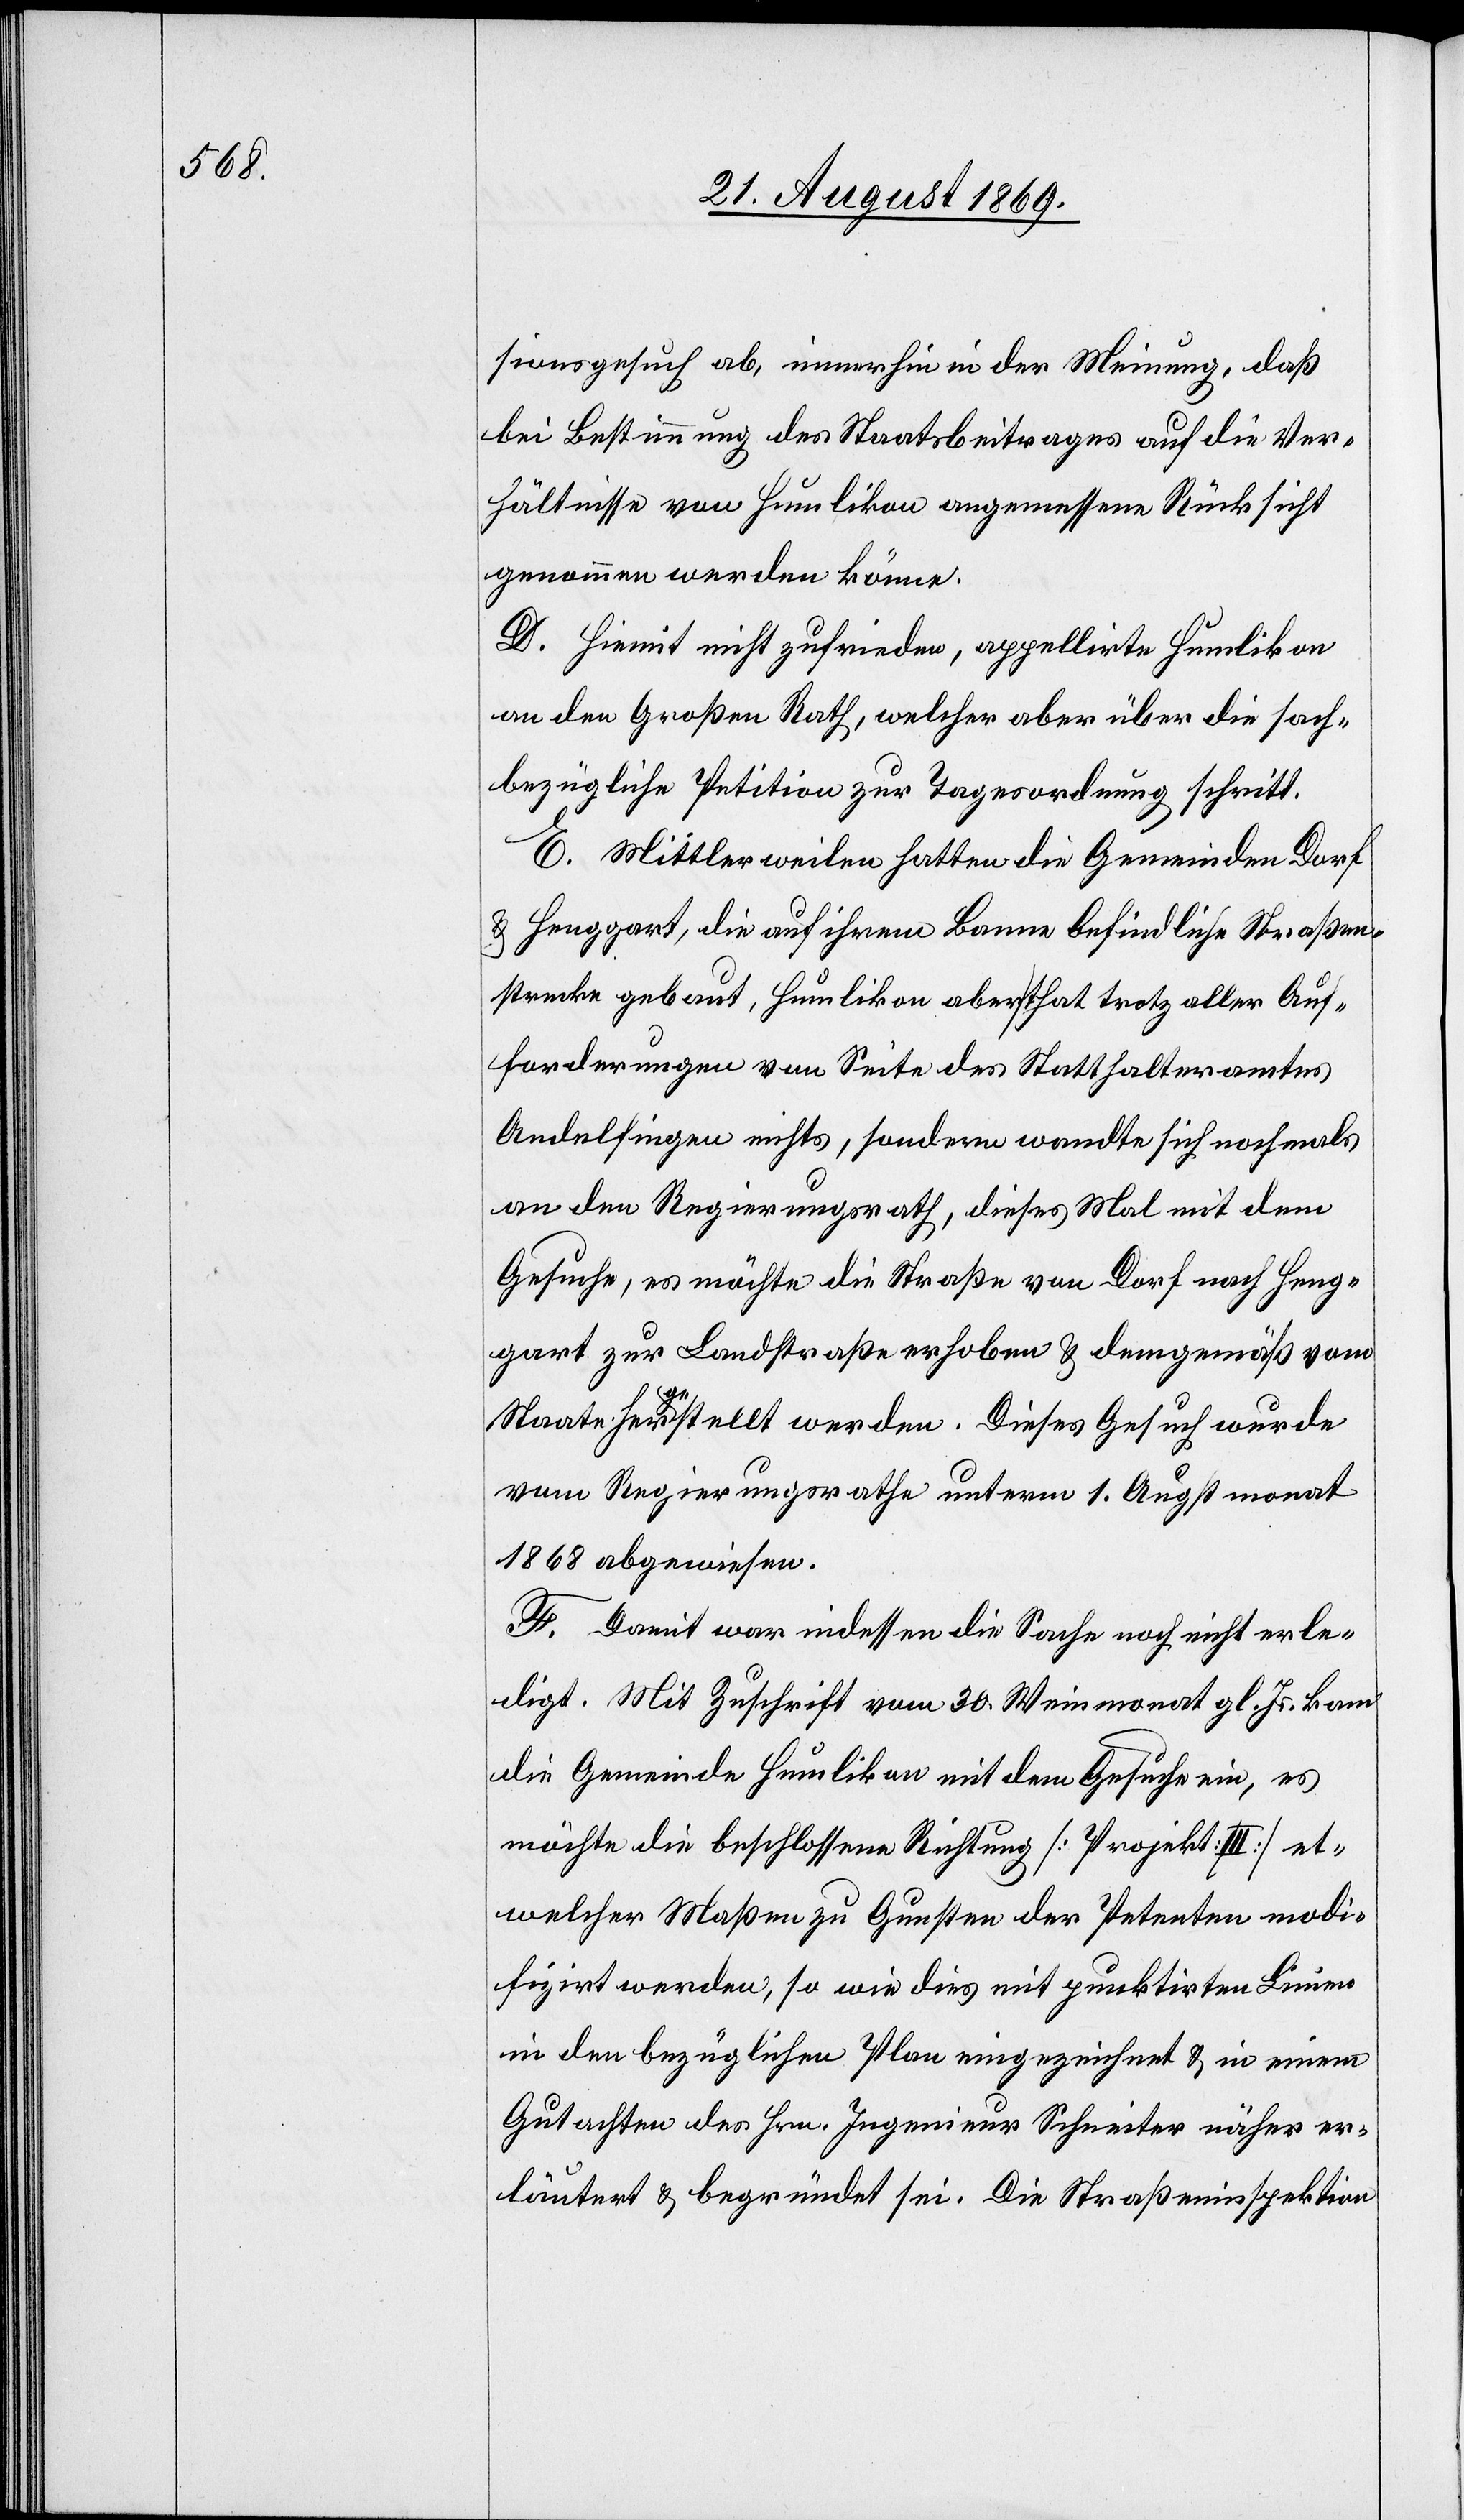
sionsgesuch ab, immerhin in der Meinung, daß
bei Bestimmung des Staatsbeitrages auf die Ver¬
hältnisse von Humlikon angemessene Rücksicht
genommen werden könne.
D. Hiemit nicht zufrieden, appellirte Humlikon
an den Großen Rath, welcher aber über die sach¬
bezügliche Petition zur Tagesordnung schritt.
E. Mittlerweilen hatten die Gemeinden Dorf
& Henggart, die auf ihrem Banne befindliche Straßen¬
strecke gebaut, Humlikon aber that trotz aller Auf¬
forderungen von Seite des Statthalteramtes
Andelfingen nichts, sondern wandte sich nochmals
an den Regierungsrath, dieses Mal mit dem
Gesuche, es möchte die Straße von Dorf nach Heng¬
gart zur Landstraße erhoben & demgemäß vom
Staate hergestellt werden. Dieses Gesuch wurde
vom Regierungsrathe unterm 1. Augstmonat
1868 abgewiesen.
F. Damit war indessen die Sache noch nicht erle¬
digt. Mit Zuschrift vom 30. Weinmonat gl. Js. kam
die Gemeinde Humlikon mit dem Gesuche ein, es
möchte die beschlossene Richtung [Projekt III] et¬
welcher Maßen zu Gunsten der Petenten modi¬
fizirt werden, so wie dies mit punktirten Linien
in den bezüglichen Plan eingezeichnet & in einem
Gutachten des Hrn. Ingenieur Schneiter näher er¬
läutert & begründet sei. Die Straßeninspektion